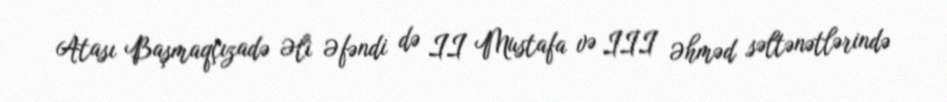
Atası Başmaqçızadə Əli Əfəndi də II Mustafa və III Əhməd səltənətlərində